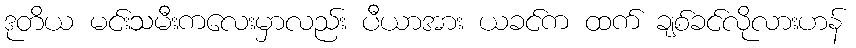
ဒုတိယ မင်းသမီးကလေးမှာလည်း ပီယာအား ယခင်က ထက် ချစ်ခင်လိုလားဟန်